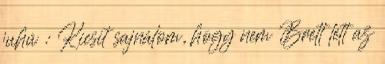
juhú : Kicsit sajnálom, hogy nem Brett lett az